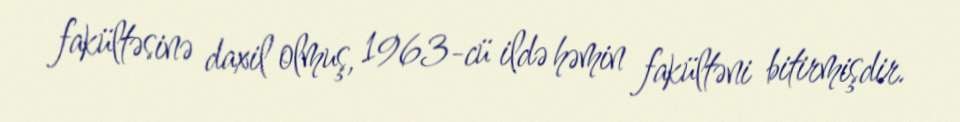
fakültəsinə daxil olmuş, 1963-cü ildə həmin fakültəni bitirmişdir.